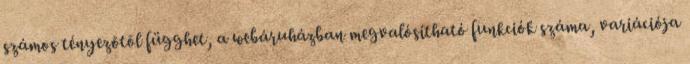
számos tényezõtõl függhet, a webáruházban megvalósítható funkciók száma, variációja